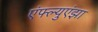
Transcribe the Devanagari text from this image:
एंफ्ल्युएंझा